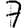
Digit: 7